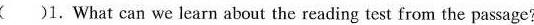
（）1. What can we learn about the reading test from the passage?